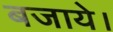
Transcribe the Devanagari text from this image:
बजाये।